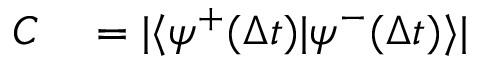
\begin{array} { r l } { C } & { { } = \vert \langle \psi ^ { + } ( \Delta t ) \vert \psi ^ { - } ( \Delta t ) \rangle \vert } \end{array}